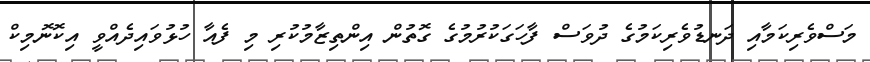
މަސްވެރިކަމާއި ދަނޑުވެރިކަމުގެ ދުވަސް ފާހަގަކުރުމުގެ ގޮތުން އިންތިޒާމުކުރި މި ފެއާ ހުޅުވައިދެއްވީ އިކޮނޮމިކް